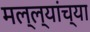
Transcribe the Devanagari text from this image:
मल्ल्यांच्या